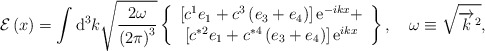
\begin{align*}\mathcal{E}\left( x\right) =\int \mathrm{d}^3k\sqrt{\frac{2\omega }{\left(2\pi \right) ^3}}\left\{\begin{array}{c}\left[ c^1e_1+c^3\left( e_3+e_4\right) \right] \mathrm{e}^{-ikx}+ \\\left[ c^{*2}e_1+c^{*4}\left( e_3+e_4\right) \right] \mathrm{e}^{ikx}\end{array}\right\} ,\quad \omega \equiv \sqrt{\overrightarrow{k}^2}, \end{align*}